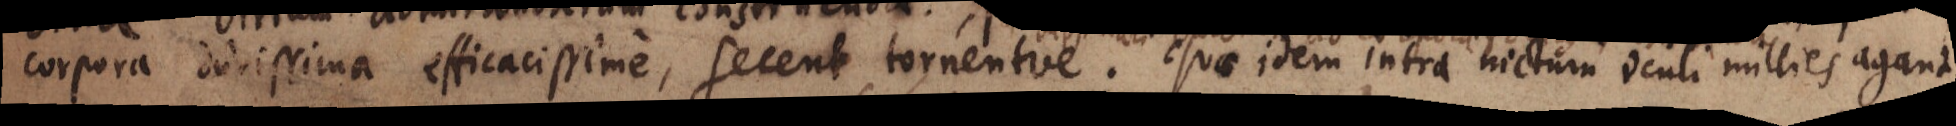
corpora durissima efficacissime, secent tornentve. Quae idem intra nictum oculi millies agant